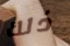
ذلك